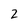
Character: 2